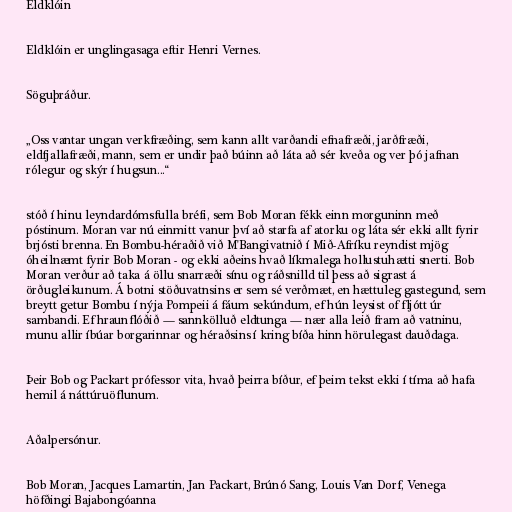
Eldklóin

Eldklóin er unglingasaga eftir Henri Vernes.

Söguþráður.

„Oss vantar ungan verkfræðing, sem kann allt varðandi efnafræði, jarðfræði,
eldfjallafræði, mann, sem er undir það búinn að láta að sér kveða og ver þó jafnan
rólegur og skýr í hugsun...“

stóð í hinu leyndardómsfulla bréfi, sem Bob Moran fékk einn morguninn með
póstinum. Moran var nú einmitt vanur því að starfa af atorku og láta sér ekki allt fyrir
brjósti brenna. En Bombu-héraðið við M'Bangivatnið í Mið-Afríku reyndist mjög
óheilnæmt fyrir Bob Moran - og ekki aðeins hvað líkmalega hollustuhætti snerti. Bob
Moran verður að taka á öllu snarræði sínu og ráðsnilld til þess að sigrast á
örðugleikunum. Á botni stöðuvatnsins er sem sé verðmæt, en hættuleg gastegund, sem
breytt getur Bombu í nýja Pompeii á fáum sekúndum, ef hún leysist of fljótt úr
sambandi. Ef hraunflóðið — sannkölluð eldtunga — nær alla leið fram að vatninu,
munu allir íbúar borgarinnar og héraðsins í kring bíða hinn hörulegast dauðdaga.

Þeir Bob og Packart prófessor vita, hvað þeirra bíður, ef þeim tekst ekki í tíma að hafa
hemil á náttúruöflunum.

Aðalpersónur.

Bob Moran, Jacques Lamartin, Jan Packart, Brúnó Sang, Louis Van Dorf, Venega
höfðingi Bajabongóanna